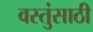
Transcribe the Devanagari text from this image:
वस्तुंसाठी